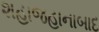
શહાજહાનાબાદ